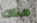
هناك